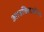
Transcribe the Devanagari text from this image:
आउक्तिओन्स